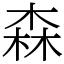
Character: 森